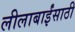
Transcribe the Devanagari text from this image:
लीलाबाईंसाठी